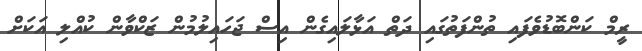
ރީމް ކަންބޮޑުވެފައި ތުންފަތުގައި ދަތް އަޅާލައިގެން އިސް ޖަހައިލުމުން ޒަކްވާން ކުއްލި އަކަށް